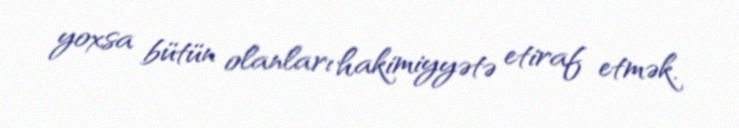
yoxsa bütün olanları hakimiyyətə etiraf etmək.